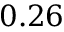
0 . 2 6